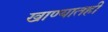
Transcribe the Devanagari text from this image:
खाण्यातही